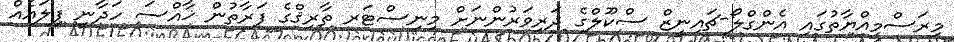
މިރަސްމިއްޔާތުގައި އެންގްލޯ-ޗައިނީޒް ސްކޫލްގެ ދަރިވަރުންނަށް މިނިސްޓަރ ތާރިޤްގެ ފަރާތުން ޚާއްސަ ހަދާނީ ފިލައެއް